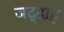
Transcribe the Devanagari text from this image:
जद्दाह